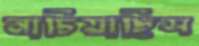
নাচিয়াছিস